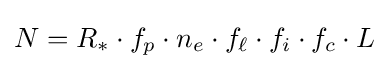
N=R_{\ast }\cdot f_{p}\cdot n_{e}\cdot f_{\ell }\cdot f_{i}\cdot f_{c}\cdot L